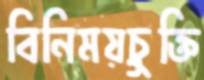
বিনিময়চুক্তি